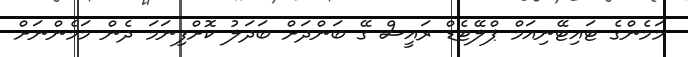
މަމެންގެ ޓައިޓޭނިއަމް ޕްލޭޓެޑް ރައީސް ގޭ ބަންދަށް ބަދަލު ކޮށްފިނަމަ ދެން މަމެންނަށް